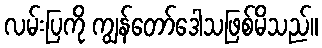
လမ်းပြကို ကျွန်တော်ဒေါသဖြစ်မိသည်။